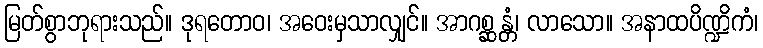
မြတ်စွာဘုရားသည်။ ဒုရတောဝ၊ အဝေးမှသာလျှင်။ အာဂစ္ဆန္တံ၊ လာသော။ အနာထပိဏ္ဍိကံ၊